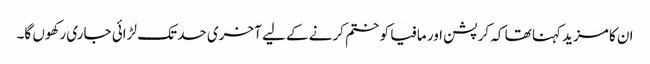
ان کا مزید کہنا تھا کہ کرپشن اور مافیا کو ختم کرنے کے لیے آخری حد تک لڑائی جاری رکھوں گا۔